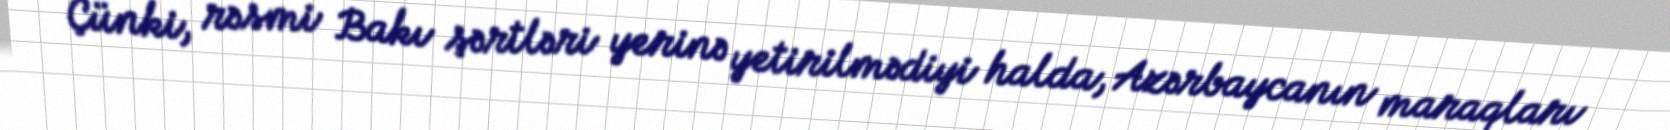
Çünki, rəsmi Bakı şərtləri yerinə yetirilmədiyi halda, Azərbaycanın maraqları